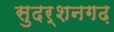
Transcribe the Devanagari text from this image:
सुदर्शनगढ़